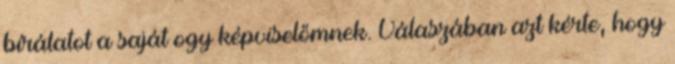
bírálatot a saját ogy képviselőmnek. Válaszában azt kérte, hogy